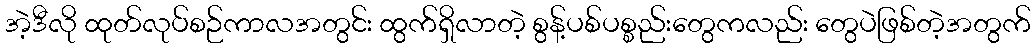
အဲ့ဒီလို ထုတ်လုပ်စဉ်ကာလအတွင်း ထွက်ရှိလာတဲ့ စွန့်ပစ်ပစ္စည်းတွေကလည်း တွေပဲဖြစ်တဲ့အတွက်